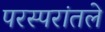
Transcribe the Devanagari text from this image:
परस्परांतले